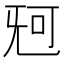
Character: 𣄰